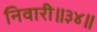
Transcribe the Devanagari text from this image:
निवारी॥३४॥